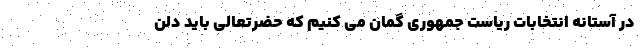
در آستانه انتخابات ریاست جمهوری گمان می کنیم که حضرتعالی باید دلن